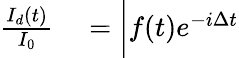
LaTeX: \begin{array}{rl}{\frac{I_{d}(t)}{I_{0}}}&{{}=\bigg|f(t)e^{-i\Delta t}}\end{array}